Vaccination in Bombay 1913-1923 - 1913-1923
Year: 1913
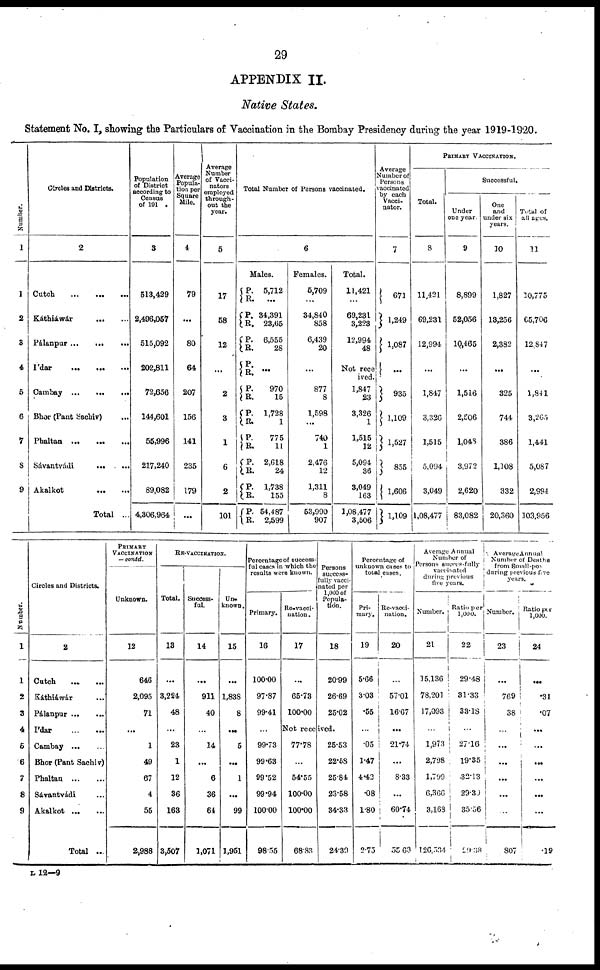
29
APPENDIX II.
Native States.
Statement No. I, showing the Particulars of Vaccination in the Bombay Presidency during the year 1919-1920.
Number.
1
1
2
3
4
5
6
7
8
9
Circles and Districts.
2
Cutch
...
...
...
Káthiáwár
...
...
Pálanpur
...
...
...
Ídar
...
...
...
Cambay
...
...
...
Bhor (Pant Sachiv) ...
Phaltan
...
...
...
Sávantvádi... ...
Akalkot
...
...
Total ...
Population
of District
according to
Census
of 191 .
3
513,429
2,496,057
515,092
202,811
72,656
144,601
55,996
217,240
89,082
4,306,964
Average
Popula-
tion per
Square
Mile.
4
79
...
80
64
207
156
141
235
179
...
Average
Number
of Vacci-
nators
employed
through-
out the
year.
5
17
58
12
...
2
3
1
6
2
101
Total Number of Persons vaccinated.
6
Males.
P.
R.
P.
R.
P.
R.
P.
R.
P.
R.
P.
P.
P.
R.
P.
R.
P.
R.
P.
R.
5,712
...
34,391
23,65
6,555
28
...
970
15
1,728
1
775
11
2,618
24
1,738
155
54,487
2,599
Females.
5,709
...
34,840
858
6,439
20
...
877
8
1,598
...
740
1
2,476
12
1,311
8
53,990
907
Total.
11,421
...
69,231
3,223
12,994
48
Not rece
ived.
1,847
23
3,326
1
1,515
12
5,094
36
3,049
163
1,08,477
3,506
Average
Number of
Persons
vaccinated
by each
Vacci-
nator.
7
671
1,249
1,087
...
935
1,109
1,527
855
1,606
1,109
PRIMARY VACCINATION.
Total.
8
11,421
69,231
12,994
...
1,847
3,326
1,515
5,094
3,049
1,08,477
Successful.
Under
one year.
9
8,899
52,056
10,465
...
1,516
2,506
1,048
3,972
2,620
83,082
One
and
under six
years.
10
1,827
13,256
2,382
...
325
744
386
1,108
332
20,360
Total of
all ages.
11
10,775
65,706
12,847
...
1,841
3,265
1,441
5,087
2,994
103,956
Number.
1
1
2
3
4
5
6
7
8
9
Circles and Districts.
2
Catch
...
...
Káthiáwár ...
Pálanpur ... ...
Ídar
...
...
Cambay
...
...
Bhor (Pant Sachiv)
Phaltan
...
...
Sávantvádi ...
Akalkot
...
...
Total ...
PRIMARY
VACCINATION
— contd.
Unknown.
12
646
2,095
71
...
1
49
67
4
55
2,988
RE-VACCINATION.
Total.
13
...
3,224
48
...
23
1
12
36
163
3,507
Success-
ful.
14
...
911
40
...
14
...
6
36
64
1,071
Un.
known.
15
...
1,838
8
...
5
...
1
...
99
1,951
Percentage of success-
ful cases in which the
results were known.
Primary.
16
100.00
97.87
99.41
...
99.73
99.63
99.52
99.94
100.00
98.55
Re-vacci-
nation.
17
...
65.73
100.00
Persons
success-
fully vacci-
nated per
1,000 of
Popula-
tion.
18
20.99
26.69
25.02
Not received.
77.78
...
54.55
100.00
100.00
68.83
25.53
22.58
25.84
23.58
34.33
24.39
Percentage of
unknown cases to
total cases.
Pri-
mary.
19
5.66
3.03
.55
...
.05
1.47
4.42
.08
1.80
2.75
Re-vacci-
nation.
20
...
57.01
16.67
...
21.74
...
8.33
...
60.74
55.63
Average Annual
Number of
Persons successfully
vaccinated
during previous
five years.
Number.
21
15,136
78,201
17,093
...
1,973
2,798
1,799
6,366
3,163
126,534
Ratio per
1,000.
22
29.48
31.33
33.18
...
27.16
19.35
32.13
29.30
35.56
29.38
Average Annual
Number of Deaths
from Small-pox
during previous five
years.
Number.
23
...
769
38
...
...
...
...
...
...
807
Ratio per
1,000.
24
...
.31
.07
...
...
...
...
...
...
.19
L 12—9